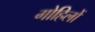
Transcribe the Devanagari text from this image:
गोहिलों